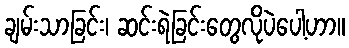
ချမ်းသာခြင်း၊ ဆင်းရဲခြင်းတွေလိုပဲပေါ့ဟာ။